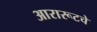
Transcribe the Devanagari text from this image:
आरारूटचे